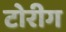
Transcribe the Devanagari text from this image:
टोरीग